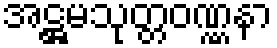
အဋ္ဌမသုတ္တဝဏ္ဏနာ